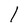
Character: l